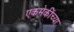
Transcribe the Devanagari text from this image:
एकमेकींच्या